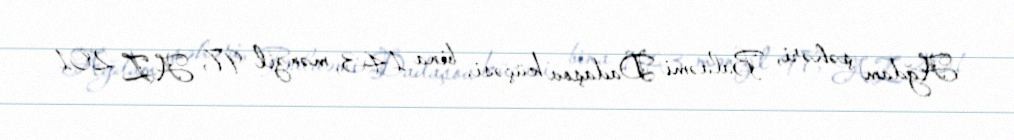
Ağdam şəhəri, Balaəmi Dadaşov küçəsi, bina 143, mənzil 97, AZ 201